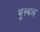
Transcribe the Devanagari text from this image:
भूस्थल